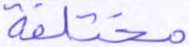
مختلفة